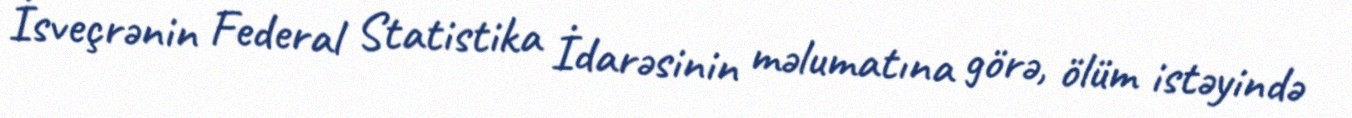
İsveçrənin Federal Statistika İdarəsinin məlumatına görə, ölüm istəyində